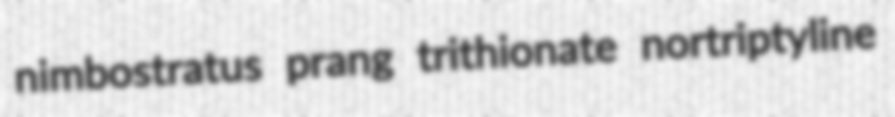
nimbostratus prang trithionate nortriptyline